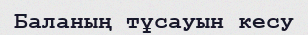
Баланың тұсауын кесу